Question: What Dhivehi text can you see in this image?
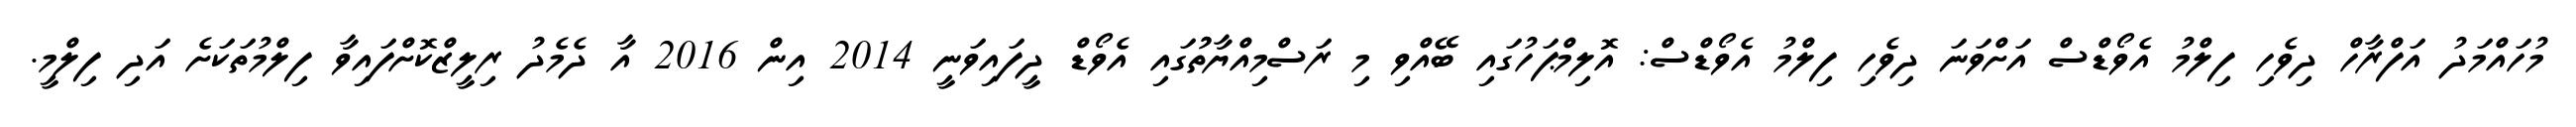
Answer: މުހައްމަދު އަފްރާހް ދިވެހި ފިލްމު އެވޯޑްސް އަށްވަނަ ދިވެހި ފިލްމު އެވޯޑްސް: އޮލިމްޕަހުގައި ބޭއްވި މި ރަސްމިއްޔާތުުގައި އެވޯޑް ދީފައިވަނީ 2014 އިން 2016 އާ ދެމެދު ރިލީޒްކޮށްފައިވާ ފިލްމުތަކަށެ އަދި ފިލްމީ.